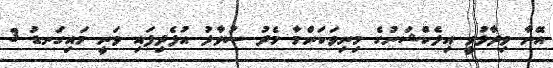
އޭނާ ވިދާޅުވީ އިލެކްޝަނުގެ މިނިވަކަންމާ މެދު ސުވާލު އުފެދިފައި ވަނީ މައިގަނޑު 3